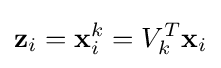
\mathbf {z} _{i}=\mathbf {x} _{i}^{k}=V_{k}^{T}\mathbf {x} _{i}